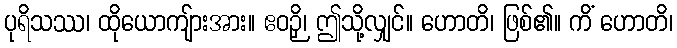
ပုရိသဿ၊ ထိုယောကျ်ားအား။ ဧဝဉှိ၊ ဤသို့လျှင်။ ဟောတိ၊ ဖြစ်၏။ ကိံ ဟောတိ၊